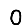
Digit: 0